Leaving Certificate Examination, 1920
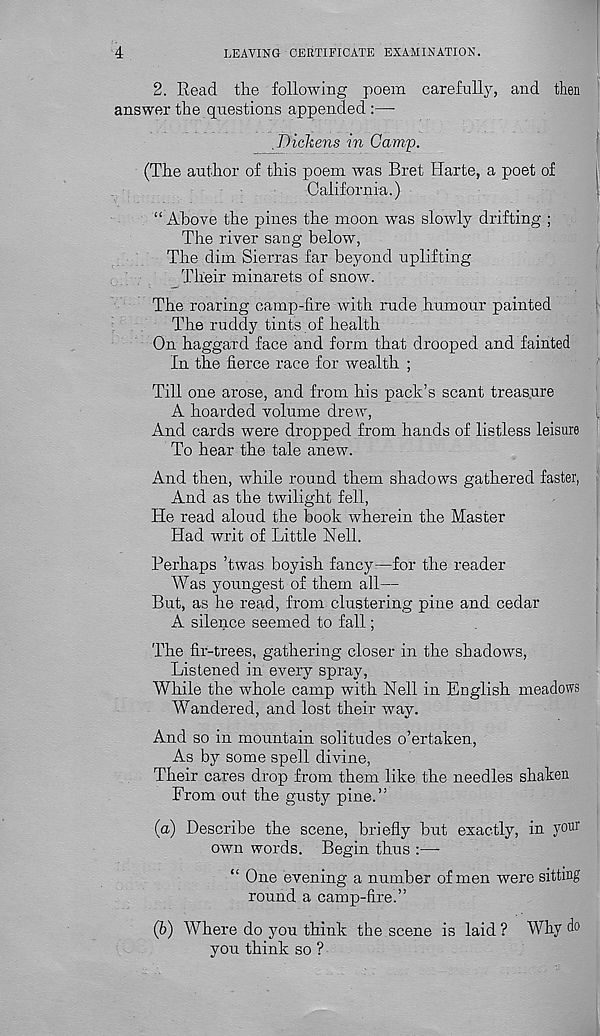
4
LEAVING CERTIFICATE EXAMINATION.
2. Read the following poem carefully, and then
answer the questions appended :—•
.Dickens in Camp.
(The author of this poena was Bret Harte, a poet of
California.)
“ Above the pines the moon was slowly drifting ;
The river sang below,
The dim Sierras far beyond uplifting
Their minarets of snow.
The roaring camp-fire with rude humour painted
The ruddy tints of health
On haggard face and form that drooped and fainted
In the fierce race for wealth ;
Till one arose, and from his pack’s scant treasure
A hoarded volume drew,
And cards were dropped from hands of listless leisure
To hear the tale anew.
And then, while round them shadows gathered faster.
And as the twilight fell,
He read aloud the book wherein the Master
Had writ of Little Nell.
Perhaps ’twas boyish fancy:—for the reader
Was youngest of them all—
But, as he read, from clustering pine and cedar
A silence seemed to fall;
The fir-trees, gathering closer in the shadows,
Listened in every spray,
While the whole camp with Nell in English meadows
Wandered, and lost their way.
And so in mountain solitudes o’ertaken,
As by some spell divine,
Their cares drop from them like the needles shaken
From out the gusty pine.”
(a) Describe the scene, briefly but exactly, in your
own words. Begin thus :—
“ One evening a number of men were sitting
round a camp-fire.”
(b) Where do you think the scene is laid ? Why do
you think so ?